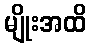
မျိုးအထိ